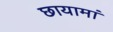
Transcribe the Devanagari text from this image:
छायामां